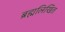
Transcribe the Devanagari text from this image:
ब्रह्मलिखित